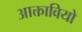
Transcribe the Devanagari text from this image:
आक्तावियो